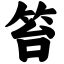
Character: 笞